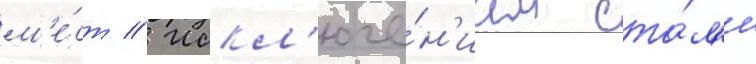
м'е́ст // Искл'юче́н'ием ста́л'и